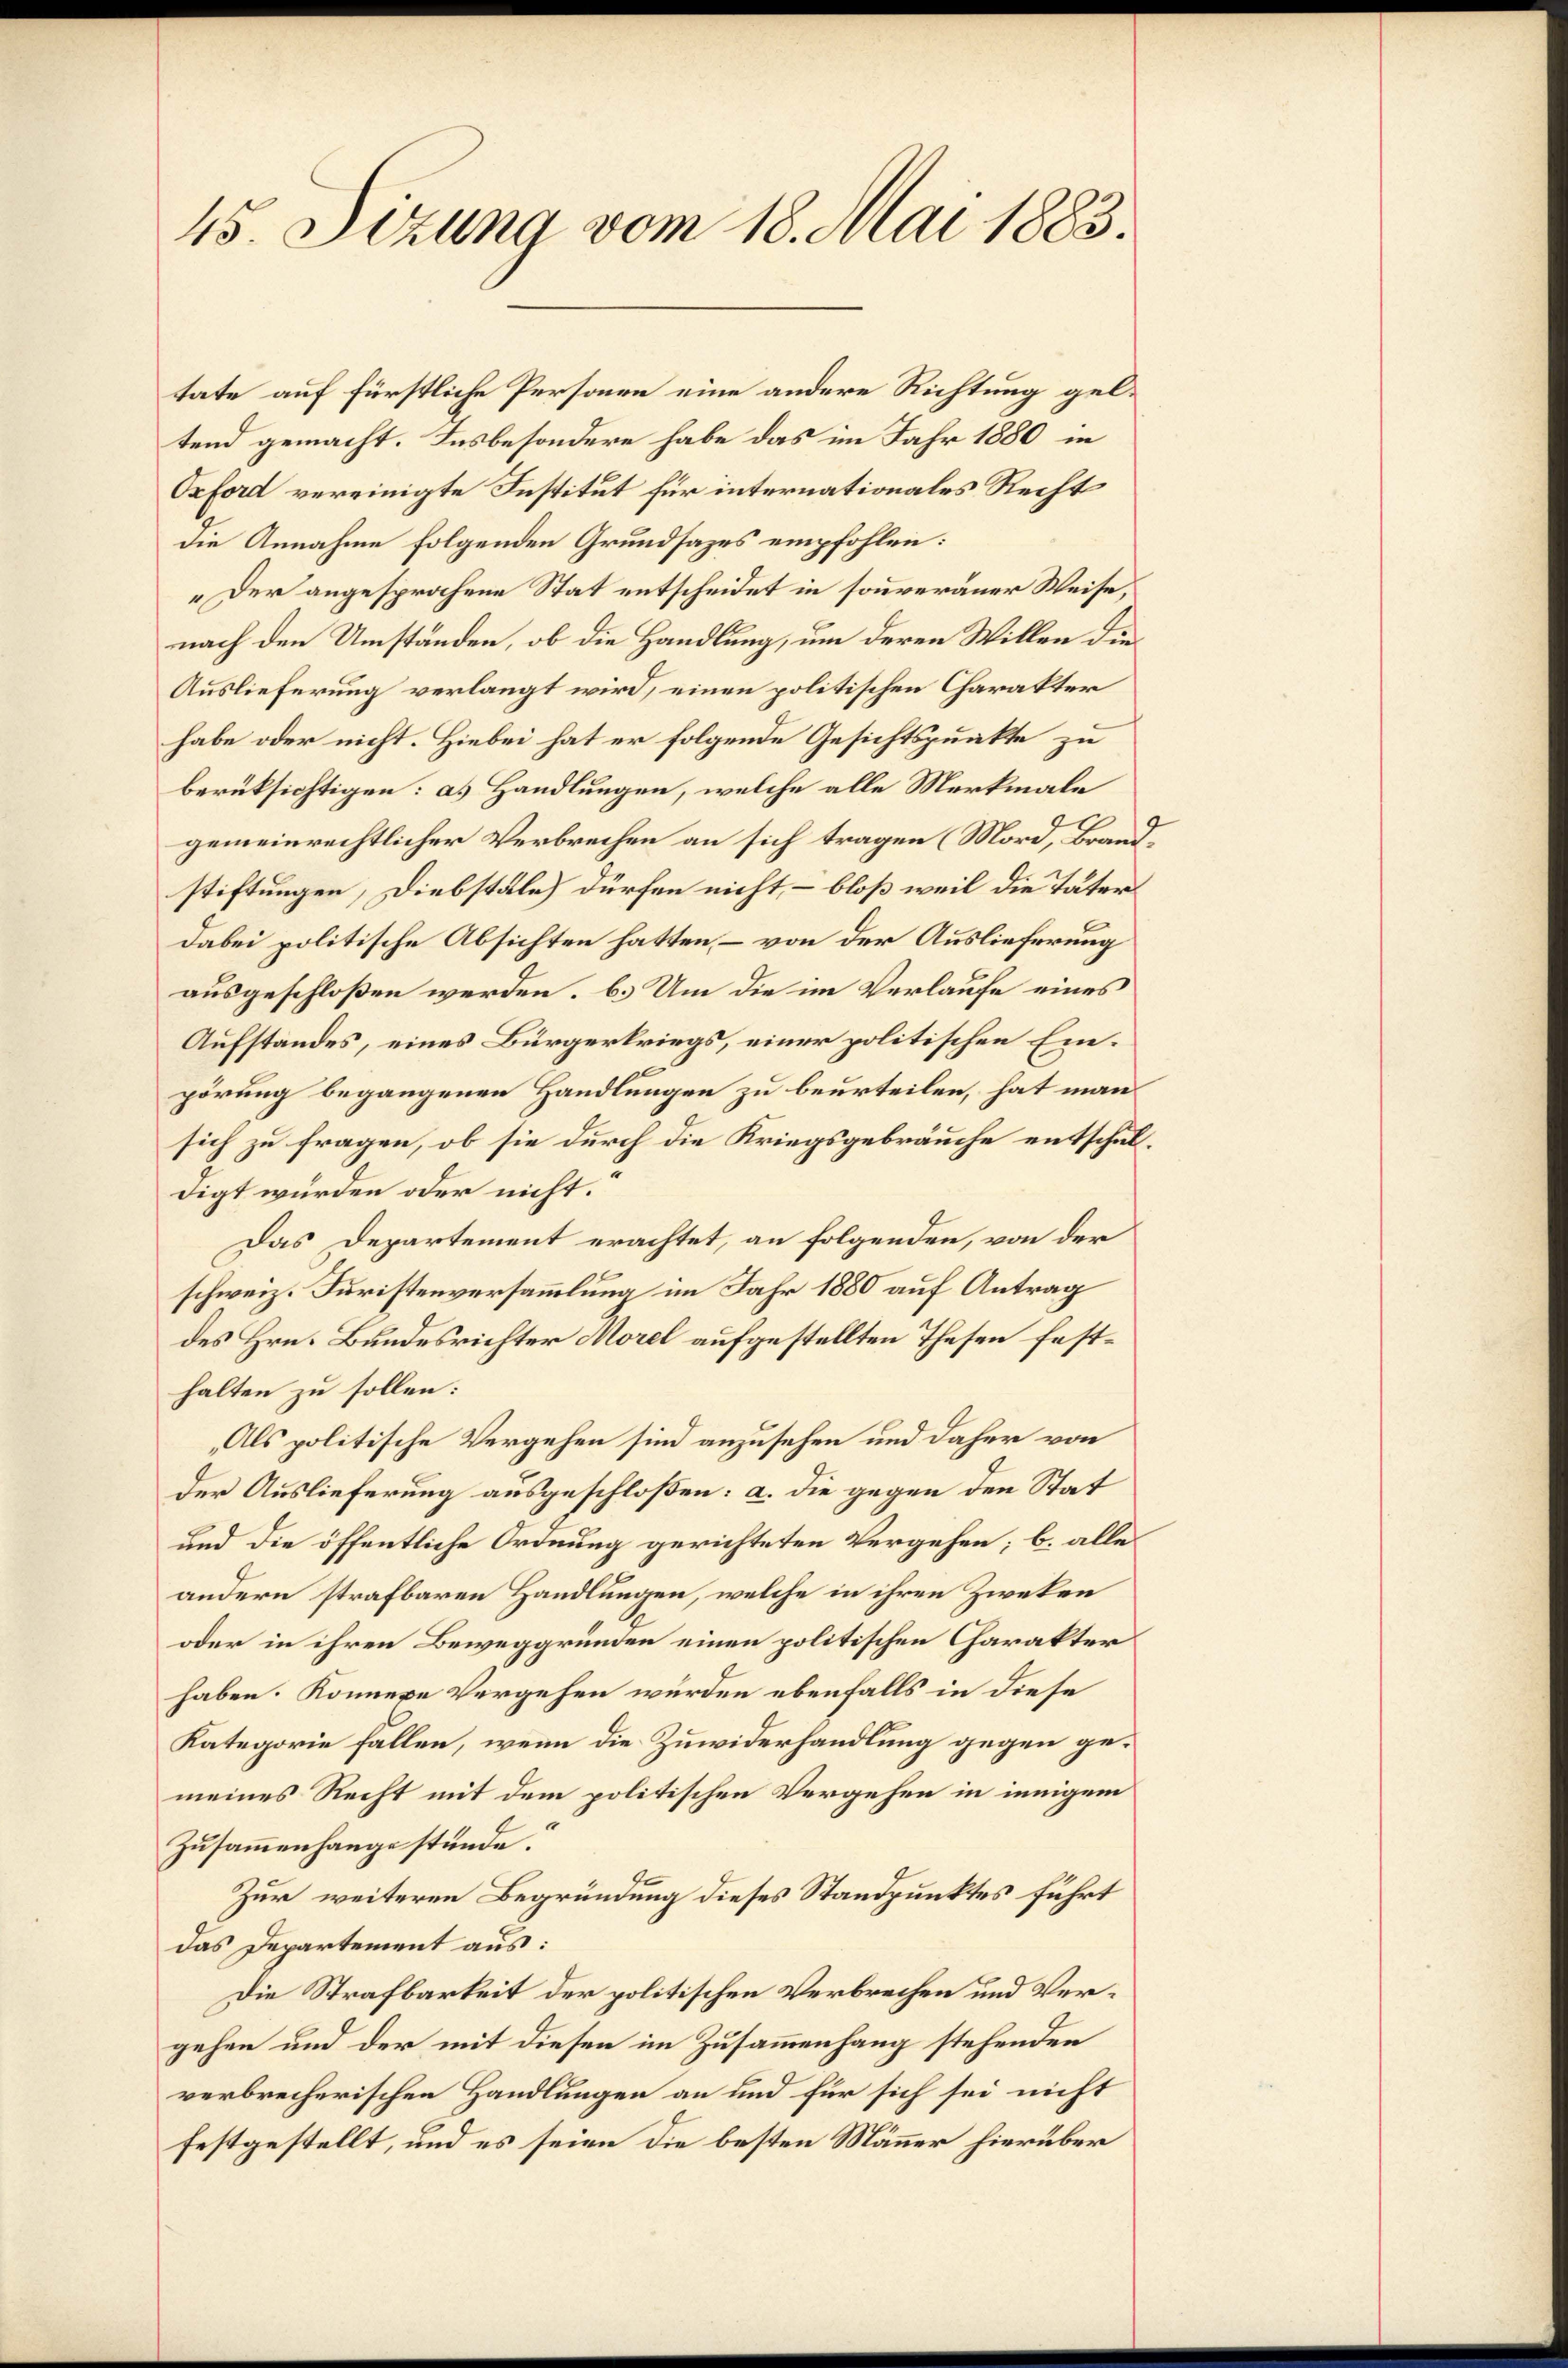
45. Sizung vom 18. Mai 1883.

tate auf fürstliche Personen eine andere Richtung geltend gemacht. Insbesondere habe das im Jahr 1880 in
Oxford vereinigte Institut für internationales Recht
die Annahme folgenden Grundsazes empfohlen:
„Der angesprochene Stat entscheidet in souveräner Weise,
nach den Umständen, ob die Handlung, um deren Willen die
Auslieferung verlangt wird, einen politischen Charakter
habe oder nicht. Hiebei hat er folgende Gesichtspunkte zu
berüksichtigen: a. Handlungen, welche alle Merkmale
gemeinrechtlicher Verbrechen an sich tragen (Mord, Brandstiftungen, Diebstäle) dürfen nicht, – bloß weil die Täter
dabei politische Absichten hatten, – von der Auslieferung
ausgeschloßen werden, b.) Um die im Verlaufe eines
Aufstandes, eines Bürgerkriegs, einer politischen Einpörung begangenen Handlungen zu beurteilen, hat man
sich zu fragen, ob sie durch die Kriegsgebräuche entschuldigt wurden oder nicht.“
Das Departement erachtet, an folgenden, von der
schweiz. Juristenversammlung im Jahr 1880 auf Antrag
des Hrn. Bundesrichter Morel aufgestellten Thesen festhalten zu sollen:
Als politische Vergehen sind anzusehen und daher von
der Auslieferung ausgeschloßen: a. die gegen den Stat
und die öffentliche Ordnung gerichteten Vergehen; b. alle
andern strafbaren Handlungen, welche in ihren Zweken
oder in ihren Beweggründen einen politischen Charakter
haben. Könnene Vergehen wurden ebenfalls in diese
Kategorie fallen, wenn die Zuwiderhandlung gegen gemeines Recht mit dem politischen Vergehen in innigem
Zusammenhange stünde.
Zur weiteren Begründung dieses Standpunktes führt
das Departement aus:
Die Strafbarkeit der politischen Verbrechen und Vergehen und der mit diesen im Zusammenhang stehenden
verbrecherischen Handlungen an und für sich sei nicht
festgestellt, und es seien die besten Männer hierüber